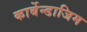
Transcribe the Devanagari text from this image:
कार्बेन्डाजिम